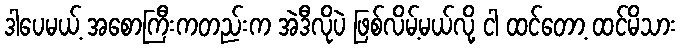
ဒါပေမယ့် အစောကြီးကတည်းက အဲဒီလိုပဲ ဖြစ်လိမ့်မယ်လို့ ငါ ထင်တော့ ထင်မိသား